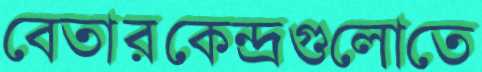
বেতারকেন্দ্রগুলোতে